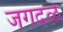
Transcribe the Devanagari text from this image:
जगदळे